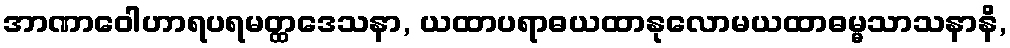
အာဏာဝေါဟာရပရမတ္ထဒေသနာ, ယထာပရာဓယထာနုလောမယထာဓမ္မသာသနာနိ,